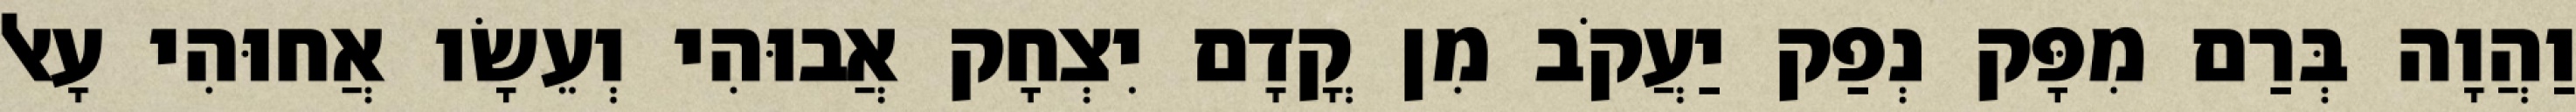
וַהֲוָה בְּרַם מִפָּק נְפַק יַעֲקֹב מִן קֳדָם יִצְחָק אֲבוּהִי וְעֵשָׂו אֲחוּהִי עָאל